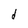
Character: d